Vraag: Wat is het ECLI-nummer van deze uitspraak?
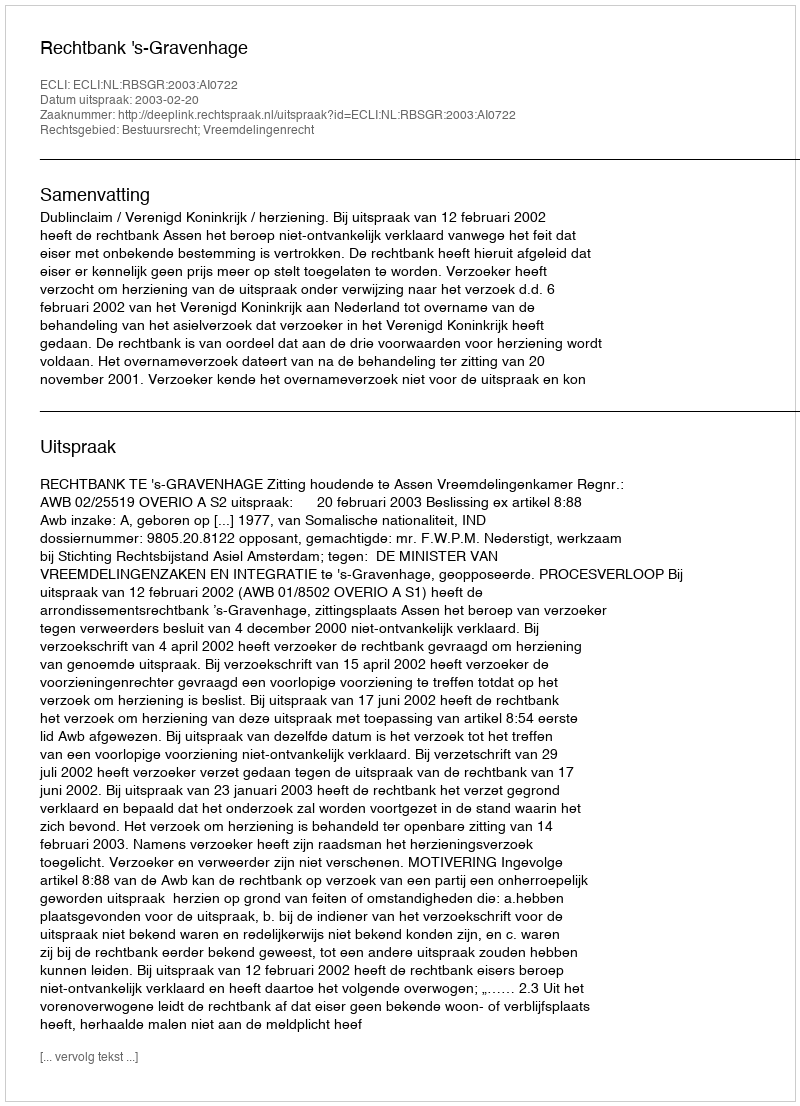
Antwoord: ECLI:NL:RBSGR:2003:AI0722